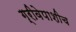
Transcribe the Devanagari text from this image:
ग्रीवेपाशीच